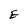
Character: E